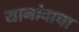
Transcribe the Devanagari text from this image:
यानांवाचा